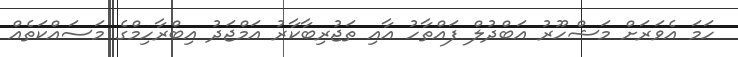
ހަމަ އެވަރަށް މަޝްހޫރު އަބްދުލް ފައްތާހު އާއި ތަޖުރިބާކާރު އަމްޖަދު އިބްރާހިމްގެ މަސައްކަތެއް